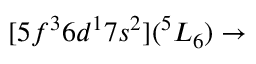
[ 5 f ^ { 3 } 6 d ^ { 1 } 7 s ^ { 2 } ] ( ^ { 5 } L _ { 6 } ) \rightarrow